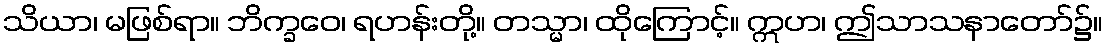
သိယာ၊ မဖြစ်ရာ။ ဘိက္ခဝေ၊ ရဟန်းတို့။ တသ္မာ၊ ထိုကြောင့်။ ဣဟ၊ ဤသာသနာတော်၌။